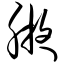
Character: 腋